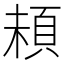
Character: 𩑵